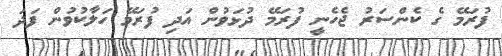
ފުރަމޭ ގެ ކެންސަރު ޖެހެނީ ފުރަމޭ ދުޅަވުން އަދި ފުރަމޭ ހަލާކުވުން ފަދަ